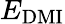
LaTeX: E_{\mathrm{DMI}}